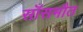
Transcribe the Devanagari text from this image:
साँसमौत